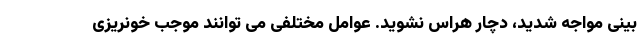
بینی مواجه شدید، دچار هراس نشوید. عوامل مختلفی می توانند موجب خونریزی